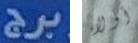
برج أولاء